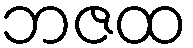
ဘဇထ